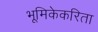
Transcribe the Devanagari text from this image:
भूमिकेकरिता